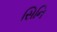
સિનિ